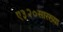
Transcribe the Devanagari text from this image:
ए३२०सारख्या